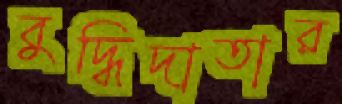
বুদ্ধিদাতার